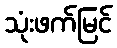
သုံးဖက်မြင်